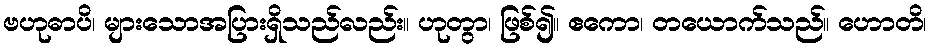
ဗဟုဓာပိ၊ များသောအပြားရှိသည်လည်း။ ဟုတွာ၊ ဖြစ်၍။ ဧကော၊ တယောက်သည်။ ဟောတိ၊